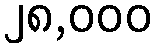
၂၈,၀၀၀